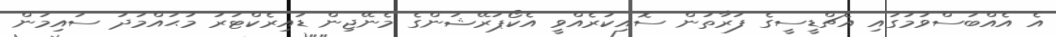
އެ އެއްބަސްވުމުގައި އެޗްޑީސީގެ ފަރާތުން ސޮއިކުރެއްވީ އެކޯޕަރޭޝަންގެ މެނޭޖިން ޑައިރެކްޓަރު މުޙައްމަދު ސައިމަން